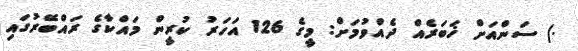
.) ސަންއަށް ޚަބަރެއް ދެއްވުމަށް: މީގެ 126 އަހަރު ކުރީން މައްކާގެ ރައްބޭރުގައި